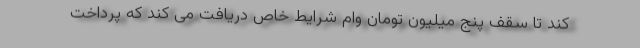
کند تا سقف پنج میلیون تومان وام شرایط خاص دریافت می کند که پرداخت